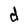
Character: d